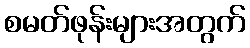
စမတ်ဖုန်းများအတွက်